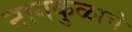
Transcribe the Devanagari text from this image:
नागकुळाचे